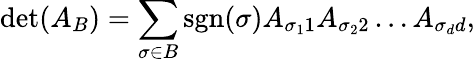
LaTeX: \textrm{det}(A_{B})=\sum_{\sigma\in B}\textrm{sgn}(\sigma)A_{\sigma_{1}1}A_{\sigma_{2}2}\dots A_{\sigma_{d}d},